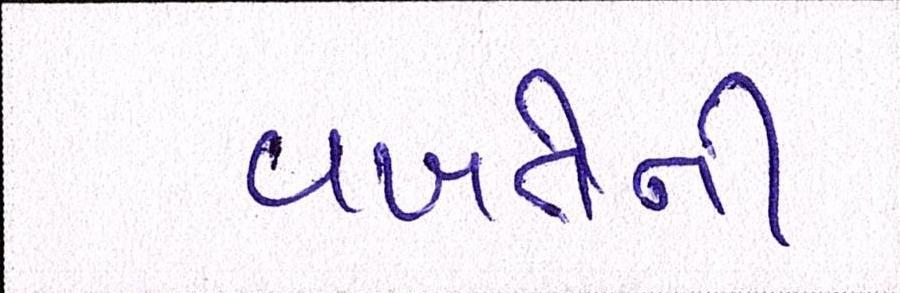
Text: વખતેની